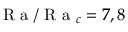
\mathrm { ~ R ~ a ~ } / \mathrm { ~ R ~ a ~ } _ { c } = 7 , 8